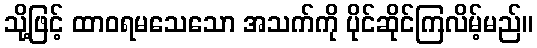
သို့ဖြင့် ထာဝရမသေသော အသက်ကို ပိုင်ဆိုင်ကြလိမ့်မည်။